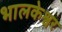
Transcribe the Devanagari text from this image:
भालकेश्वर